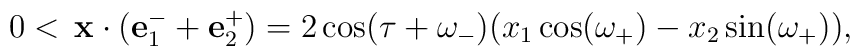
0< \,\mathbf{x}\cdot (\mathbf{e}_1^-+\mathbf{e}_2^+)= 2\cos(\tau+\omega_-)\big(x_1\cos(\omega_+)-x_2\sin(\omega_+) \big),